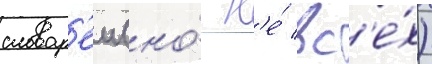
словар'еи (но́ н'е́ вс'е́х)